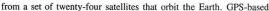
from a set of twenty-four satellites that orbit the Earth. GPS-based